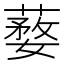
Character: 𦺒